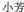
小芳